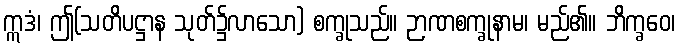
ဣဒံ၊ ဤ(သတိပဋ္ဌာန သုတ်၌လာသော) စက္ခုသည်။ ဉာဏစက္ခုနာမ၊ မည်၏။ ဘိက္ခဝေ၊